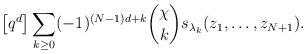
LaTeX: \begin{align*}\left[q^d\right] \sum_{k\geq 0} (-1)^{(N-1)d+k}\binom{\chi}{k} s_{\lambda_k}(z_1, \ldots, z_{N+1}).\end{align*}